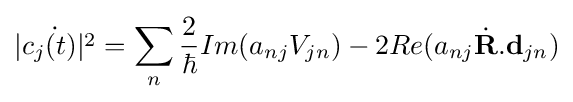
{\dot {|c_{j}(t)|^{2}}}=\sum _{n}{\frac {2}{\hbar }}Im(a_{nj}V_{jn})-2Re(a_{nj}{\dot {\mathbf {R} }}.\mathbf {d} _{jn})